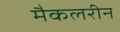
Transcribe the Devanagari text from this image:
मैकलरीन